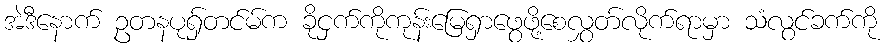
အဲဒီနောက် ဥတနပုရှ်တင်မ်က ခိုငှက်ကိုကုန်းမြေရှာဖွေဖို့စေလွှတ်လိုက်ရာမှာ သံလွင်ခက်ကို